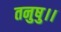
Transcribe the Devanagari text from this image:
तनुषु।।